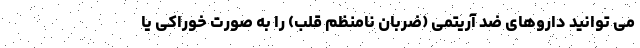
می توانید داروهای ضد آریتمی (ضربان نامنظم قلب) را به صورت خوراکی یا